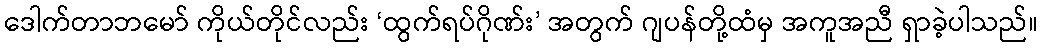
ဒေါက်တာဘမော် ကိုယ်တိုင်လည်း ‘ထွက်ရပ်ဂိုဏ်း’ အတွက် ဂျပန်တို့ထံမှ အကူအညီ ရှာခဲ့ပါသည်။